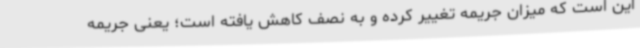
این است که میزان جریمه تغییر کرده و به نصف کاهش یافته است؛ یعنی جریمه